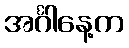
အင်္ဂါနေ့က